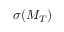
\sigma ( M _ { T } )